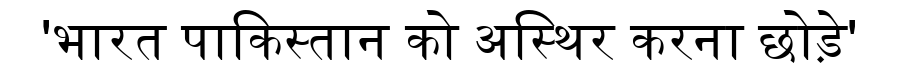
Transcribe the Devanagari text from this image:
'भारत पाकिस्तान को अस्थिर करना छोड़े'